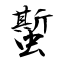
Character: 蟴